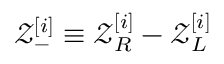
\mathcal { Z } _ { - } ^ { [ i ] } \equiv \mathcal { Z } _ { R } ^ { [ i ] } - \mathcal { Z } _ { L } ^ { [ i ] }